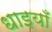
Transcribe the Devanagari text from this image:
धाइयाँ